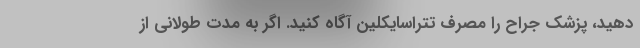
دهید، پزشک جراح را مصرف تتراسایکلین آگاه کنید. اگر به مدت طولانی از